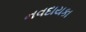
નવદાયકા